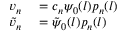
\begin{array} { r l } { v _ { n } } & { { } = c _ { n } \psi _ { 0 } ( l ) p _ { n } ( l ) } \\ { \tilde { v } _ { n } } & { { } = \tilde { \psi } _ { 0 } ( l ) p _ { n } ( l ) } \end{array}